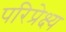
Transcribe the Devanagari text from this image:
परिप्रेक्ष्‍य